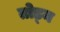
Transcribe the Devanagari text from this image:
तोड्न